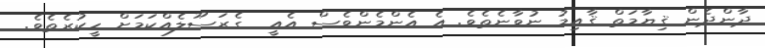
ދާންދެން ޤިޔާމަތް ޤާއިމު ނުވާނެތެވެ. އެ އެންމެންވެސް އެއީ  ގެރަސޫލެއްކަމަށް ހީކުރެތެވެ.